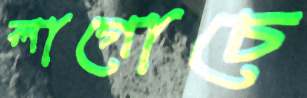
লাগোচে